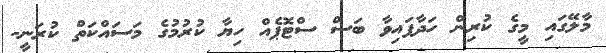
މާލޭގައި މީގެ ކުރިން ހަދާފައިވާ ބަސް ސްޓޮޕެއް ހިޔާ ކުރުމުގެ މަސައްކަތް ކުރަނީ-